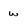
Character: w